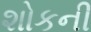
શોકની